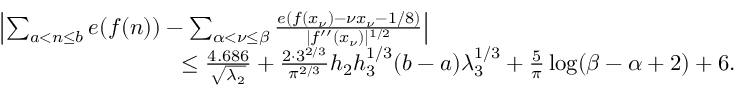
\begin{array} { r l } & { \left| \sum _ { a < n \le b } e ( f ( n ) ) - \sum _ { \alpha < \nu \le \beta } \frac { e ( f ( x _ { \nu } ) - \nu x _ { \nu } - 1 / 8 ) } { | f ^ { \prime \prime } ( x _ { \nu } ) | ^ { 1 / 2 } } \right| } \\ & { \qquad \qquad \qquad \qquad \le \frac { 4 . 6 8 6 } { \sqrt { \lambda _ { 2 } } } + \frac { 2 \cdot 3 ^ { 2 / 3 } } { \pi ^ { 2 / 3 } } h _ { 2 } h _ { 3 } ^ { 1 / 3 } ( b - a ) \lambda _ { 3 } ^ { 1 / 3 } + \frac { 5 } { \pi } \log ( \beta - \alpha + 2 ) + 6 . } \end{array}